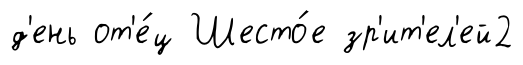
д'ень от'е́ц Шесто́е зр'ит'ел'ей2